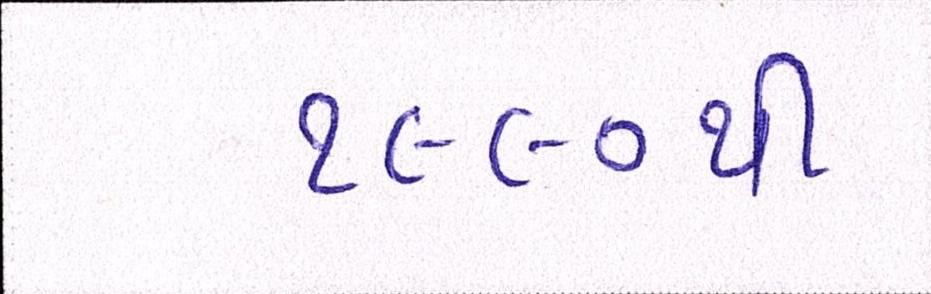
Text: ૧૯૯૦થી